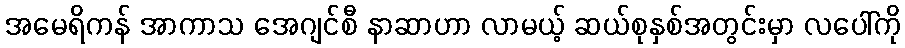
အမေရိကန် အာကာသ အေဂျင်စီ နာဆာဟာ လာမယ့် ဆယ်စုနှစ်အတွင်းမှာ လပေါ်ကို